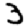
Digit: 3